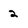
Character: 2